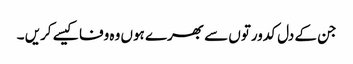
جن کے دل کدورتوں سے بھرے ہوں وہ وفا کیسے کریں ۔